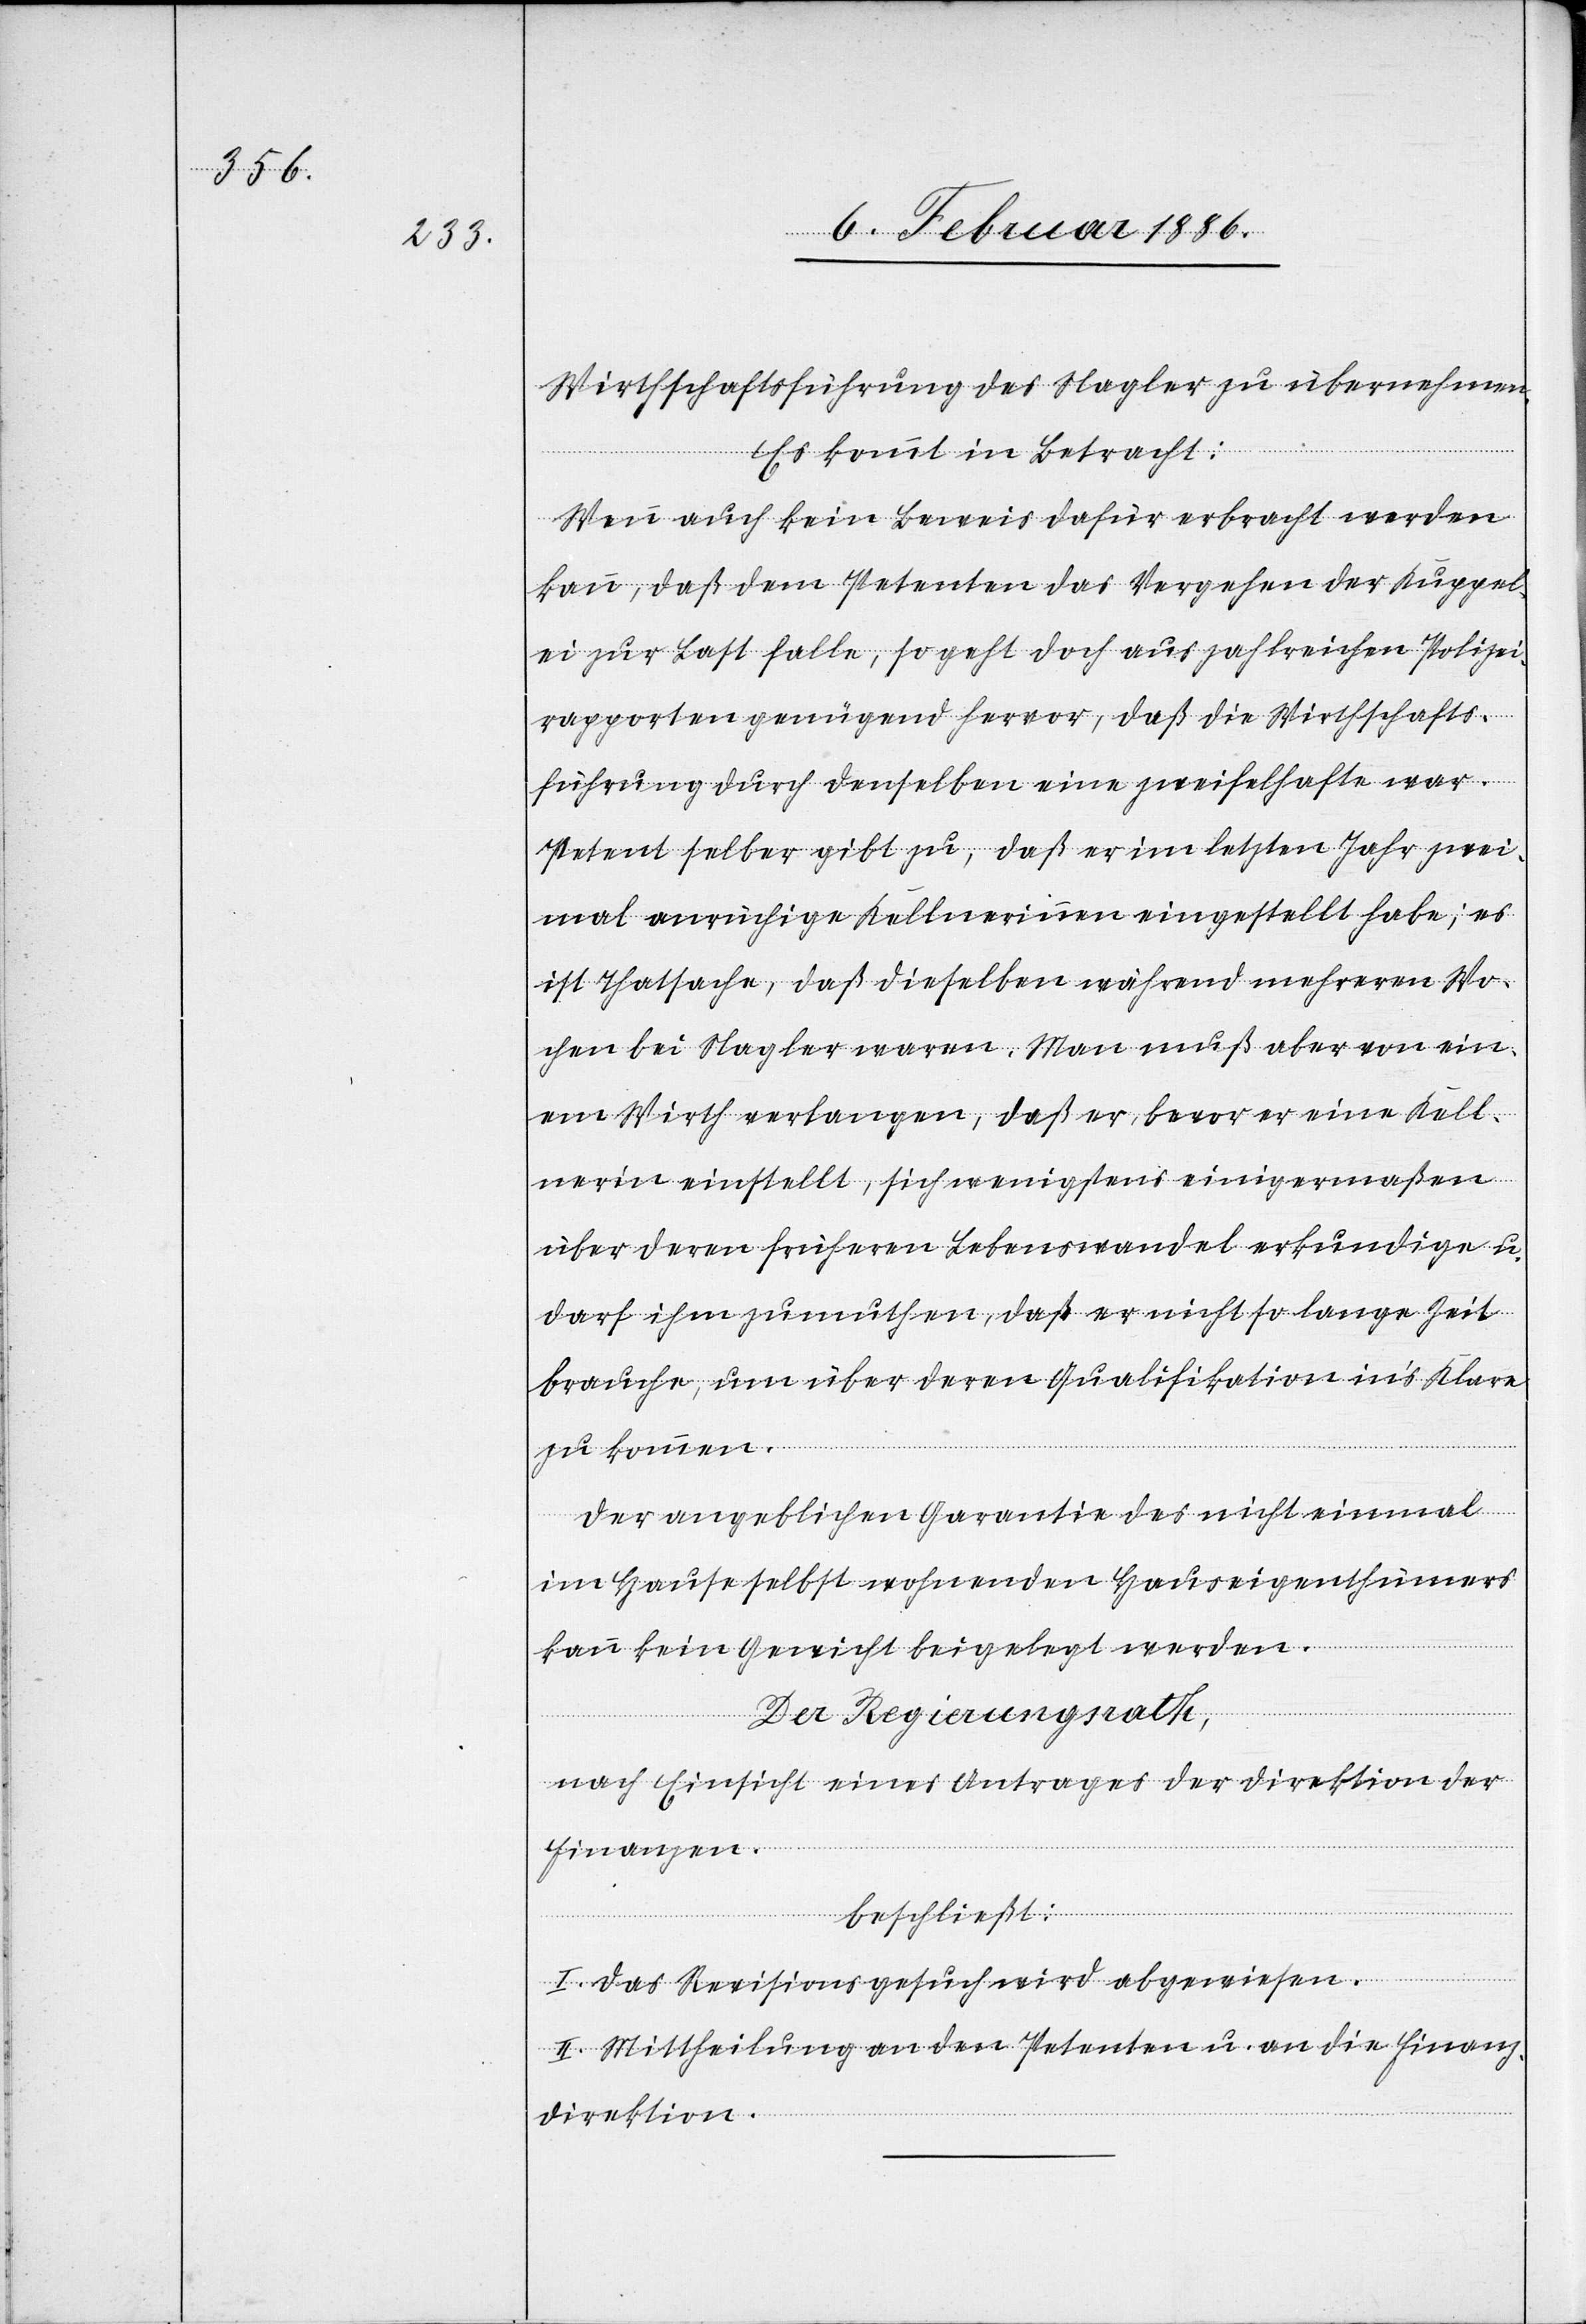
Wirtschaftsführung des Nagler zu übernehmen.
Es kommt in Betracht:
Wenn auch kein Beweis dafür erbracht werden
kann, daß dem Petenten das Vergehen der Kuppel¬
ei zur Last falle, so geht doch aus zahlreichen Polizei¬
rapporten genügend hervor, daß die Wirtschafts¬
führung durch denselben eine zweifelhafte war.
Petent selber gibt zu, daß er im letzten Jahr zwei¬
mal anrüchige Kellnerinnen eingestellt habe; es
ist Thatsache, daß dieselben während mehreren Wo¬
chen bei Nagler waren. Man muß aber von ein¬
em Wirth verlangen, daß er, bevor er eine Kell¬
nerin einstellt, sich wenigstens einigermaßen
über deren früheren Lebenswandel erkundige u.
darf ihm zumuthen, daß er nicht so lange Zeit
brauche, um über deren Qualifikationen in’s Klare
zu kommen.
Der angeblichen Garantie des nicht einmal
im Hause selbst wohnenden Hauseigenthümers
kann kein Gewicht beigelegt werden.
Der Regierungsrath,
nach Einsicht eines Antrages der Direktion der
Finanzen,
beschließt:
I. Das Revisionsgesuch wird abgewiesen.
II. Mittheilung an den Petenten u. an die Finanz¬
direktion.